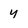
Character: y